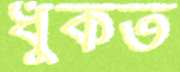
ধুঁকত